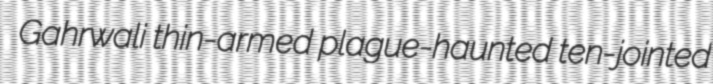
Gahrwali thin-armed plague-haunted ten-jointed